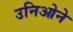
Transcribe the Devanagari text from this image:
उनिओने